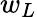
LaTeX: w_{L}